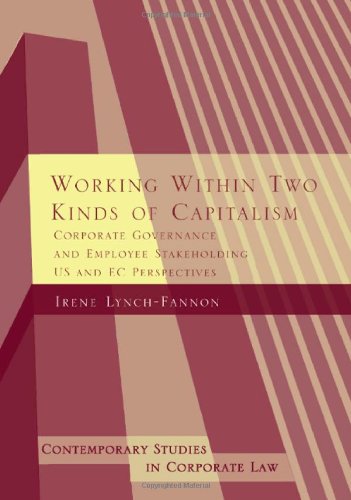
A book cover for Working Within Two Kinds of Capitalism: Corporate Governance and Employee Stakeholding - US and EC Perspectives (Contemporary Studies in Corporate Law); Irene Lynch Fannon; Law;